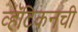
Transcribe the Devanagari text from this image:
व्हॅटिकनची